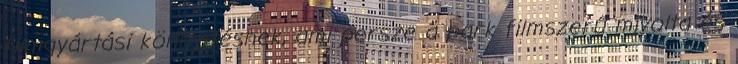
filmgyártási könnyítésnek, ami persze a park filmszerű mivolta és